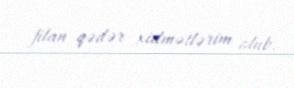
filan qədər xidmətlərim olub.